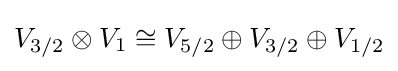
V_{3/2}\otimes V_{1}\cong V_{5/2}\oplus V_{3/2}\oplus V_{1/2}